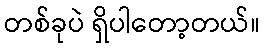
တစ်ခုပဲ ရှိပါတော့တယ်။